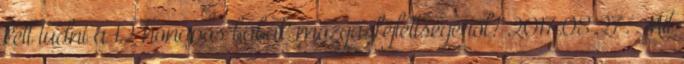
kell tudni a 12 hónapos babák mozgásfejlettségéről? 2017.08.27. Mit